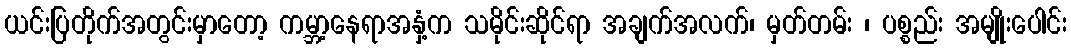
ယင်းပြတိုက်အတွင်းမှာတော့ ကမ္ဘာ့နေရာအနှံ့က သမိုင်းဆိုင်ရာ အချက်အလက်၊ မှတ်တမ်း ၊ ပစ္စည်း အမျိုးပေါင်း